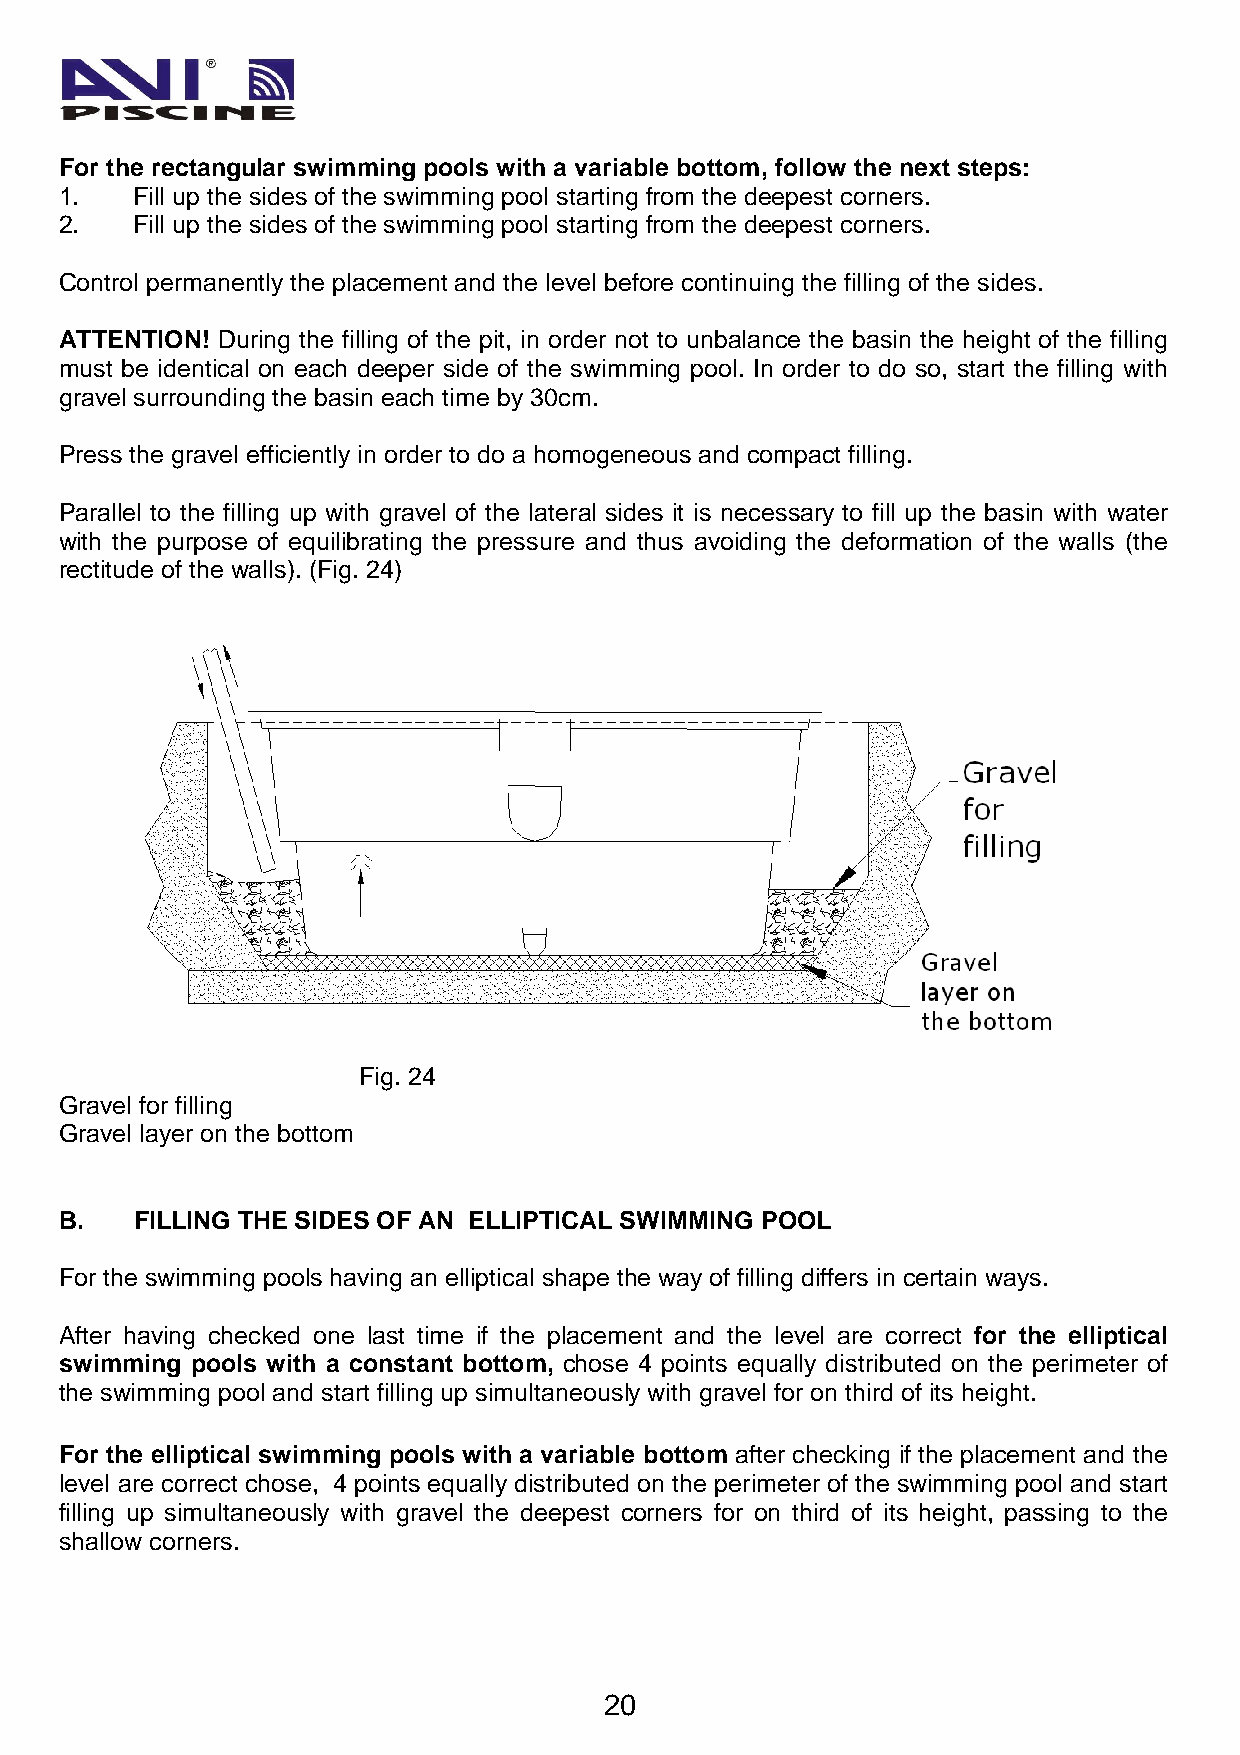
For the rectangular swimming pools with a variable bottom, follow the next steps:
 1.   Fill up the sides of the swimming pool starting from the deepest corners.
 2.   Fill up the sides of the swimming pool starting from the deepest corners.
 Control permanently the placement and the level before continuing the filling of the sides.
 ATTENTION! During the filling of the pit, in order not to unbalance the basin the height of the filling
 must be identical on each deeper side of the swimming pool. In order to do so, start the filling with
 gravel surrounding the basin each time by 30cm.
 Press the gravel efficiently in order to do a homogeneous and compact filling.
 Parallel to the filling up with gravel of the lateral sides it is necessary to fill up the basin with water
 with the purpose of equilibrating the pressure and thus avoiding the deformation of the walls (the
 rectitude of the walls). (Fig. 24)
 Fig. 24
 Gravel for filling
 Gravel layer on the bottom
 B.   FILLING THE SIDES OF AN ELLIPTICAL SWIMMING POOL
 For the swimming pools having an elliptical shape the way of filling differs in certain ways.
 After having checked one last time if the placement and the level are correct for the elliptical
 swimming pools with a constant bottom, chose 4 points equally distributed on the perimeter of
 the swimming pool and start filling up simultaneously with gravel for on third of its height.
 For the elliptical swimming pools with a variable bottom after checking if the placement and the
 level are correct chose, 4 points equally distributed on the perimeter of the swimming pool and start
 filling up simultaneously with gravel the deepest corners for on third of its height, passing to the
 shallow corners.
 20